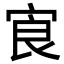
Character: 㝗